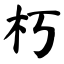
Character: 朽